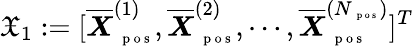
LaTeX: \mathfrak X_{1}:=[\overline{{\boldsymbol X}}_{\mathrm{~\scriptsize~p~o~s~}}^{(1)},\overline{{\boldsymbol X}}_{\mathrm{~\scriptsize~p~o~s~}}^{(2)},\cdots,\overline{{\boldsymbol X}}_{\mathrm{~\scriptsize~p~o~s~}}^{(N_{\mathrm{~\scriptsize~p~o~s~}})}]^{T}